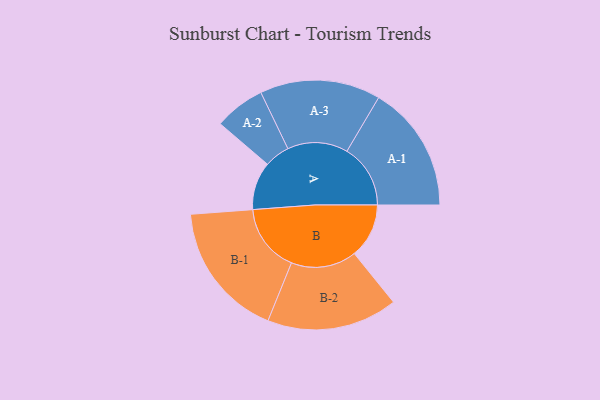
{"axis": {"x": "Segment", "y": "Value"}, "legend": ["", "A", "B"], "data": [{"x": "A", "y": 210, "type": ""}, {"x": "B", "y": 239, "type": ""}, {"x": "A-1", "y": 278, "type": "A"}, {"x": "A-2", "y": 111, "type": "A"}, {"x": "A-3", "y": 264, "type": "A"}, {"x": "B-1", "y": 298, "type": "B"}, {"x": "B-2", "y": 286, "type": "B"}]}